Document type: Dowry acquittance
Year: 1427
Scribe: Pere Tarafa
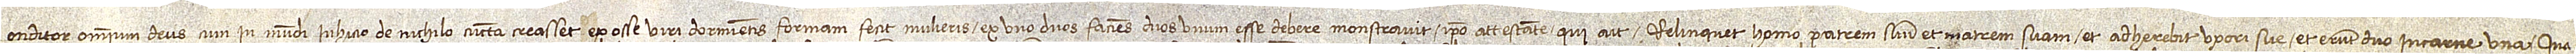
Conditor omnium Deus cum in mundi inhicio de nichilo cuncta creasset ex osse viri dormientis formam fecit mulieris, ex uno duos faciens, duos unum esse debere monstravit. Ipso attestante qui ait: Relinquet homo patrem suum et matrem suam et adherebit uxori sue et erunt duo in carne una. Qua